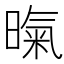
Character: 暣